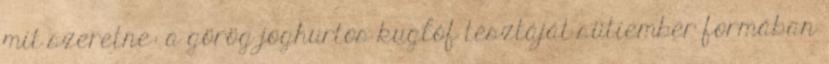
mit szeretne: a görög joghurtos kuglóf tésztáját sütiember formában